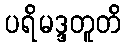
ပရိမဒ္ဒတူတိ